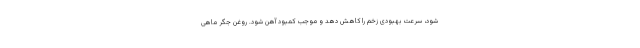
شود، سرعت بهبودی زخم را کاهش دهد و موجب کمبود آهن شود. روغن جگر ماهی